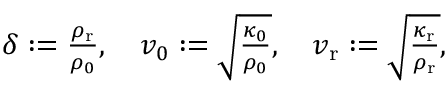
\begin{array} { r } { \delta : = \frac { \rho _ { \mathrm { r } } } { \rho _ { 0 } } , \quad v _ { 0 } : = \sqrt { \frac { \kappa _ { 0 } } { \rho _ { 0 } } } , \quad v _ { \mathrm { r } } : = \sqrt { \frac { \kappa _ { \mathrm { r } } } { \rho _ { \mathrm { r } } } } , } \end{array}